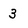
Character: 3